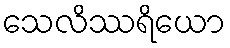
သေလိဿရိယော